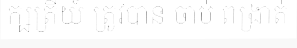
ក្ឞត្រីយ៍ ត្រូវបាន ចាប់ ពង្រាត់